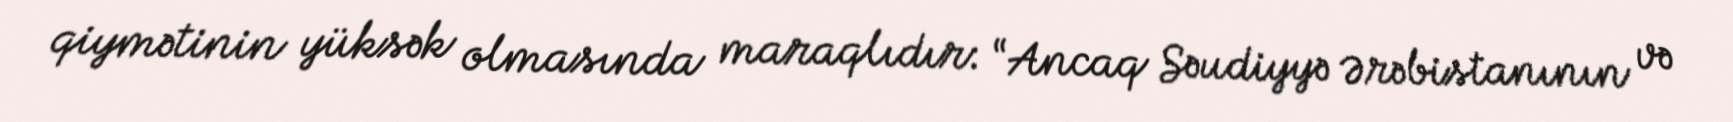
qiymətinin yüksək olmasında maraqlıdır: “Ancaq Səudiyyə Ərəbistanının və